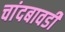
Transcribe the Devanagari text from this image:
चांदबावडी